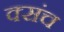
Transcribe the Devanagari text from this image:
क्संच